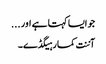
جو ایسا کہتا ہے اور ...
آننت کمار ہیگڈے۔